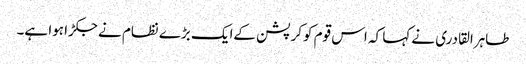
طاہرالقادری نے کہا کہ اس قوم کوکرپشن کےایک بڑے نظام نے جکڑا ہوا ہے۔